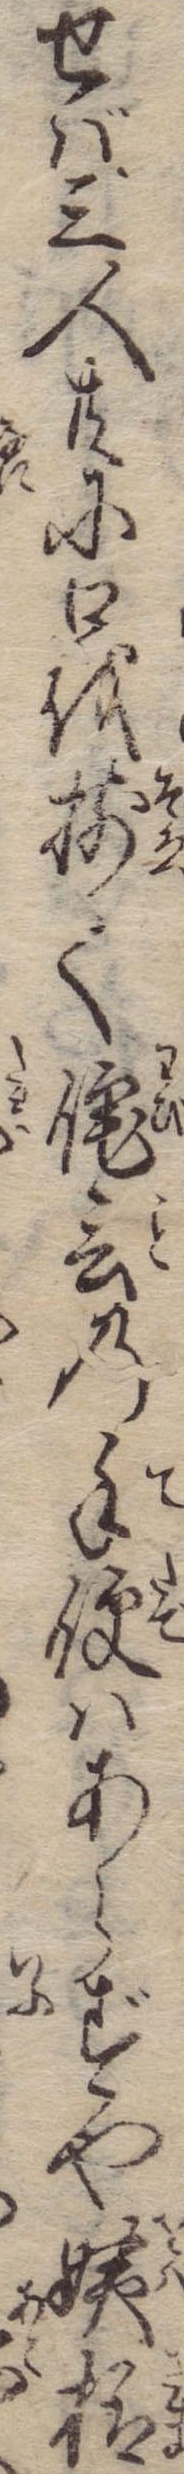
せば三人共に口を揃て詫言の手便はあらずや姨様